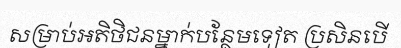
សម្រាប់អតិថិជនម្នាក់បន្ថែមទៀត ប្រសិនបើ